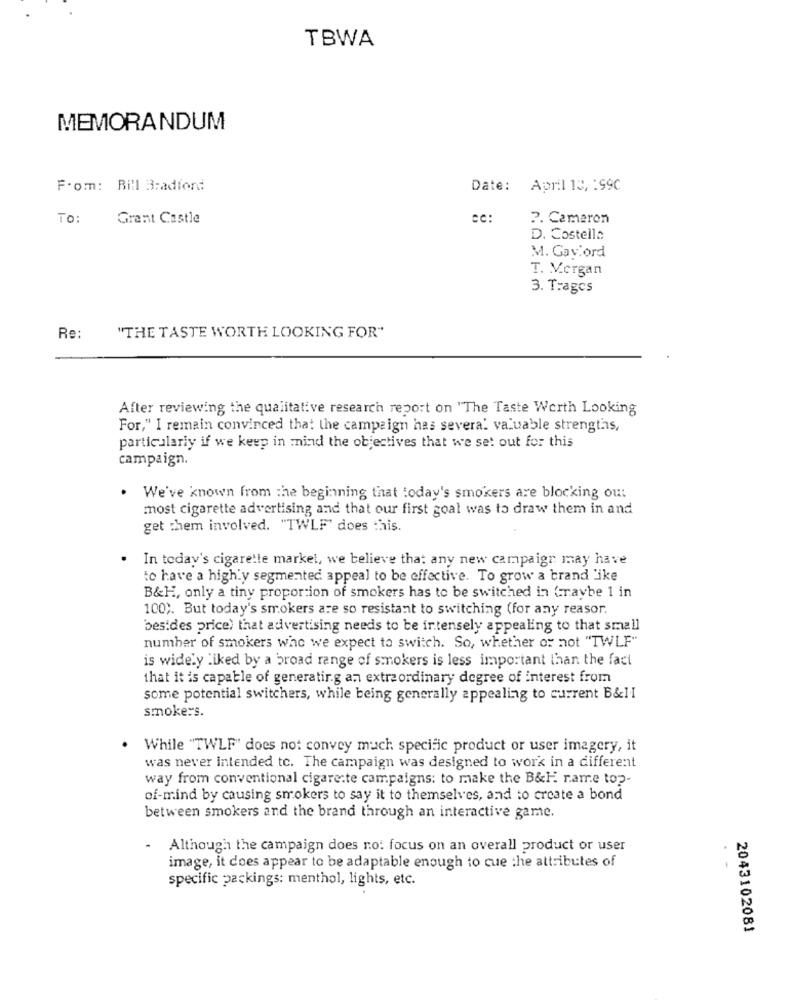
TBWA
MEMORANDUM
F.om: Bill Bradford
Date: April 13, : 99C
TO:
Grant Castle
cc:
?. Cameron
D. Costella
M. Gaylord
T. V.organ
3. Trages
Re:
"THE TASTE WORTH LOOKING FOR"
After reviewing the qualitative research report on "The Taste Werth Looking
For," I remain convinced that the campaign has several valuable strengths,
particularly if we keep in mind the objectives that we set out for this
campaign.
. We've known from the beginning that today's smokers are blocking out
most cigarette advertising and that our first goal was to draw them in and
get them involved. "TWLF" does this.
In today's cigarette market, we believe that any new campaign may have
to have a high y segmented appeal to be effective. To grow a brand ike
B&H, only a tiny proportion of smokers has to be switched in Graybe 1 in
100). But today's smokers are so resistant to switching (for any reasor.
besides price) that advertising needs to be intensely appealing to that small
number of smokers who we expect to switch. So, whether or not "TWLF"
is widely liked by a broad range of smokers is less important than the fact
that it is capable of generating an extraordinary degree of interest from
some potential switchers, while being generally appealing to current B&1I
smoke:s.
While "TWLF" does not convey much specific product or user imagery, it
was never intended to. The campaign was designed to work in a different
way from conventional cigarette campaigns: to make the B&Hi rame top-
of-mind by causing smokers to say it to themselves, and to create a bond
between smokers and the brand through an interactive game.
- Although the campaign does no: focus on an overall product or user
image, it does appear to be adaptable enough to cue the attributes of
specific packings: menthol, lights, etc.
2043102081